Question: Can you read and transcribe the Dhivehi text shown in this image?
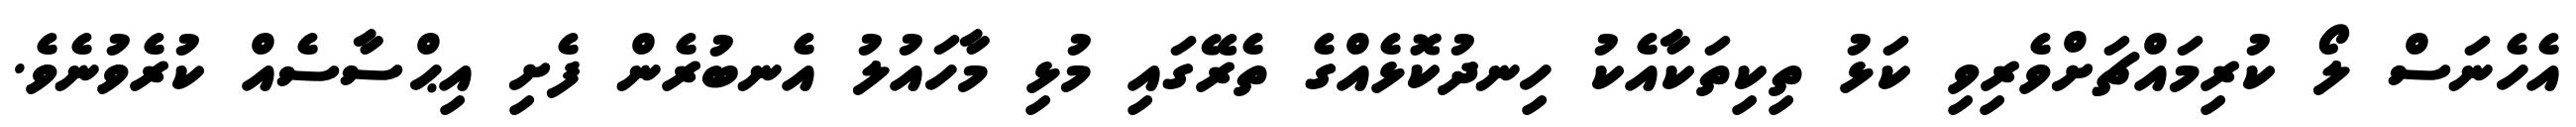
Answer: އެހެނަސް ލޯ ކުރިމައްޗަށްވެރިވި ކަޅު ތިކިތަކާއެކު ހިނދުކޮޅެއްގެ ތެރޭގައި މުޅި މާހައުލު އެނބުރެން ފެށި އިޙްސާސެއް ކުރެވުނެވެ.